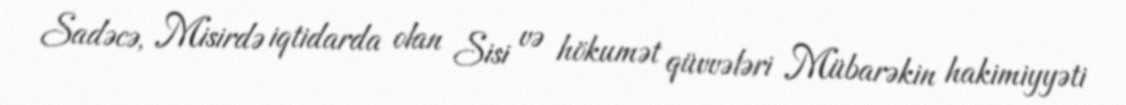
Sadəcə, Misirdə iqtidarda olan Sisi və hökumət qüvvələri Mübarəkin hakimiyyəti